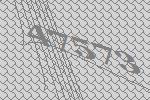
47573